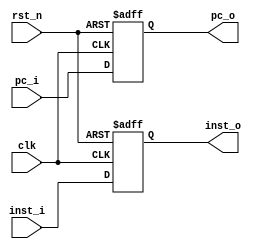
`timescale 1ns / 1ps

module IF_ID_reg(
    input             clk,
    input             rst_n,
    input   [31:0]    pc_i,
    input   [31:0]    inst_i,
    output  [31:0]    pc_o,
    output  [31:0]    inst_o
    );
    reg [31:0] pc;
    reg [31:0] inst;
    assign inst_o = inst;
    assign pc_o = pc;
    always@(posedge clk or negedge rst_n) begin
        if (~rst_n) begin
            pc <= 32'b0;
            inst <= 32'b0;
        end
        else begin
            pc <= pc_i;
            inst <= inst_i;
        end
    end
endmodule